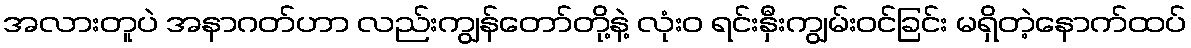
အလားတူပဲ အနာဂတ်ဟာ လည်းကျွန်တော်တို့နဲ့ လုံးဝ ရင်းနှီးကျွမ်းဝင်ခြင်း မရှိတဲ့နောက်ထပ်